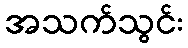
အသက်သွင်း